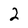
Character: 2